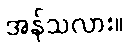
အန်သလား။